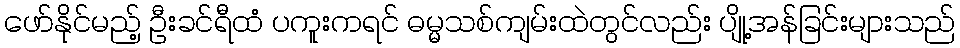
ဖော်နိုင်မည့် ဦးခင်ရီထံ ပကူးကရင် ဓမ္မသစ်ကျမ်းထဲတွင်လည်း ပျို့အန်ခြင်းများသည်